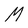
Character: M